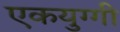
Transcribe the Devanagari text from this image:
एकयुग्गी